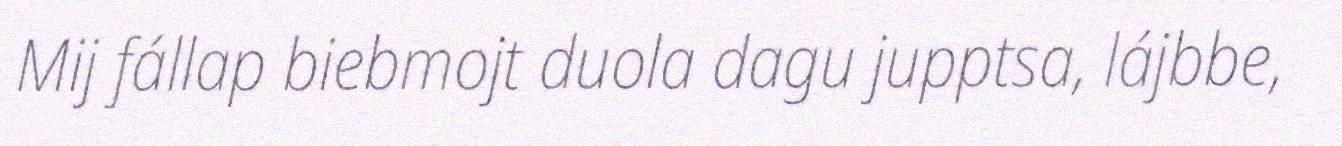
Mij fállap biebmojt duola dagu jupptsa, lájbbe,